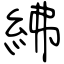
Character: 紼